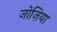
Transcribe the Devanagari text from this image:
जोज़िया